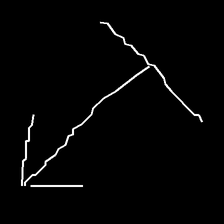
Glyph: levitation